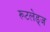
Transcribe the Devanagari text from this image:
रूटलेड्ज